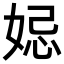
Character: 𡜱